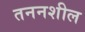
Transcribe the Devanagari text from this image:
तननशील